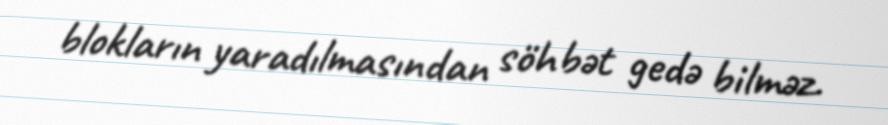
blokların yaradılmasından söhbət gedə bilməz.